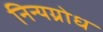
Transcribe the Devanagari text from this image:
निन्यग्रोध